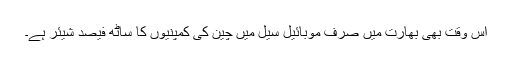
اس وقت بھی بھارت میں صرف موبائیل سیل میں چین کی کمپنیوں کا ساٹھ فیصد شیئر ہے۔